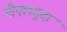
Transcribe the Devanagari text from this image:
गीएलगुदा